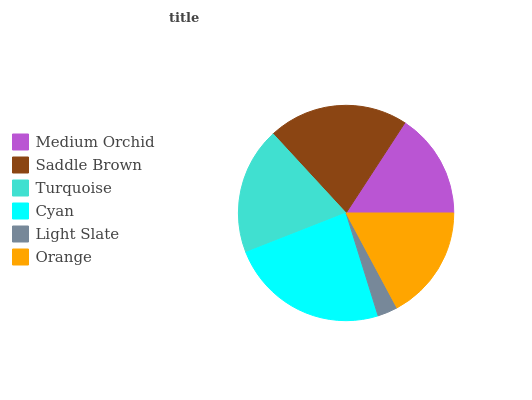
| Medium Orchid | Saddle Brown | Turquoise | Cyan | Light Slate | Orange |
 | --- | --- | --- | --- | --- | --- |
 | 15.8% | 21% | 19.1% | 23.9% | 3.02% | 17.2% |